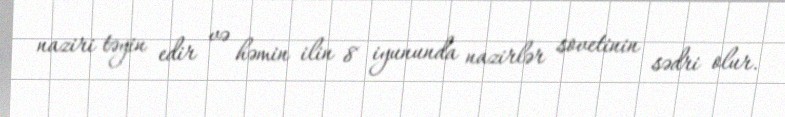
naziri təyin edir və həmin ilin 8 iyununda nazirlər sovetinin sədri olur.